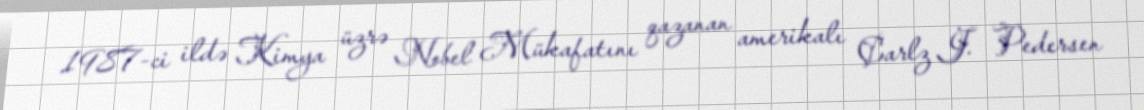
1987-ci ildə Kimya üzrə Nobel Mükafatını qazanan amerikalı Çarlz J. Pedersen